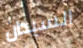
السيدان